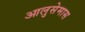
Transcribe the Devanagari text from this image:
आलुसेमास